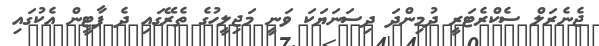
ޖެނެރަލް ސެކްރެޓަރީ ދުމިންދަ ދިސަނަޔަކަ ވަނީ މަޖިލީހުގެ ތެރޭގައި ދެ ޕާޓީން އެކުގައި